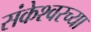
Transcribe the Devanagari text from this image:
संकेश्वरच्या